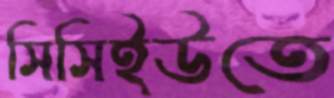
সিসিইউতে